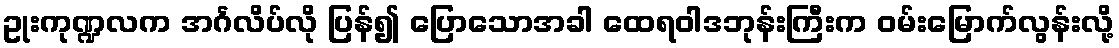
ဥုးကုဏ္ဍလက အင်္ဂလိပ်လို ပြန်၍ ပြောသောအခါ ထေရဝါဒဘုန်းကြီးက ဝမ်းမြောက်လွန်းလို့